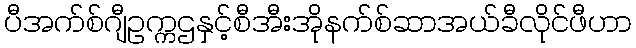
ပီအက်စ်ဂျီဥက္ကဌနှင့်စီအီးအိုနက်စ်ဆာအယ်ခီလိုင်ဖီဟာ